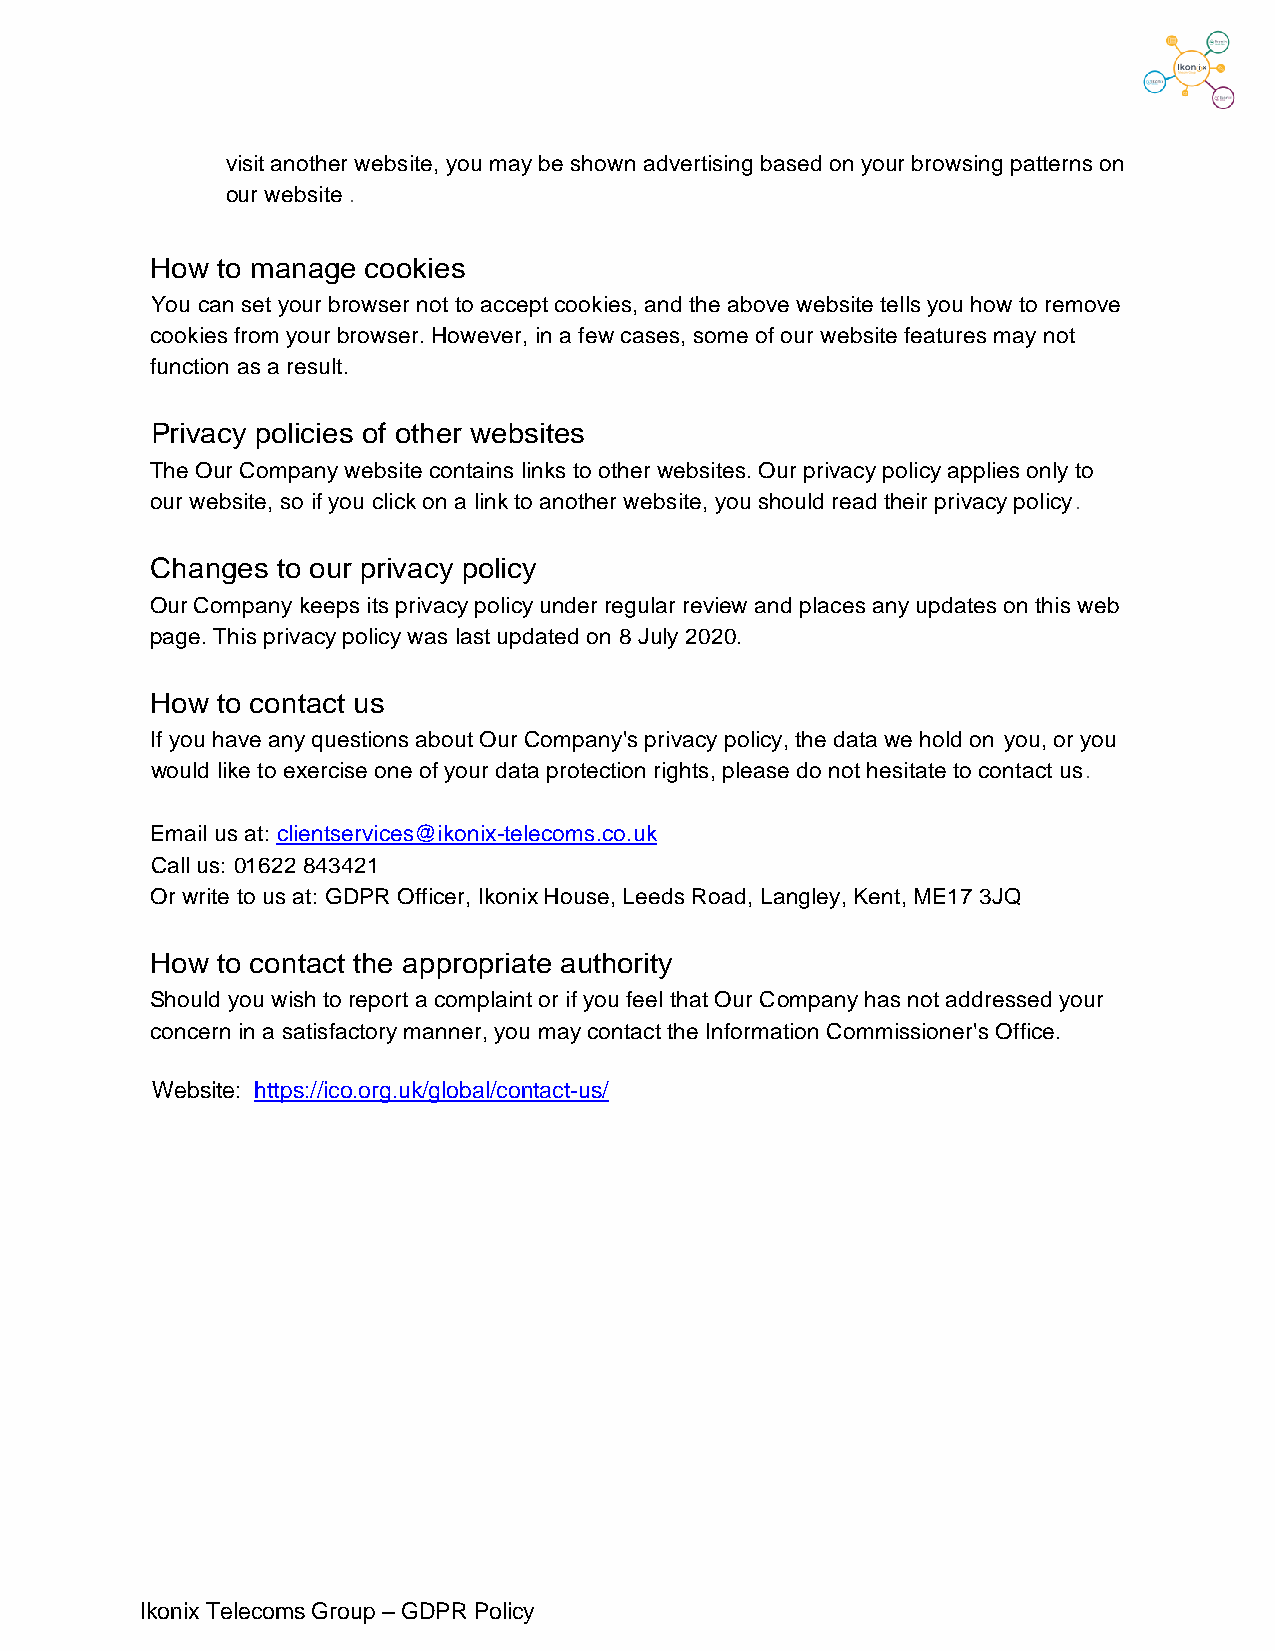
visit another website, you may be shown advertising based on your browsing patterns on
 our website .
 How to manage cookies
 You can set your browser not to accept cookies, and the above website tells you how to remove
 cookies from your browser. However, in a few cases, some of our website features may not
 function as a result.
 Privacy policies of other websites
 The Our Company website contains links to other websites. Our privacy policy applies only to
 our website, so if you click on a link to another website, you should read their privacy policy.
 Changes to our privacy policy
 Our Company keeps its privacy policy under regular review and places any updates on this web
 page. This privacy policy was last updated on 8 July 2020.
 How to contact us
 If you have any questions about Our Company's privacy policy, the data we hold on you, or you
 would like to exercise one of your data protection rights, please do not hesitate to contact us.
 Email us at: clientservices@ikonix-telecoms.co.uk
 Call us: 01622 843421
 Or write to us at: GDPR Officer, Ikonix House, Leeds Road, Langley, Kent, ME17 3JQ
 How to contact the appropriate authority
 Should you wish to report a complaint or if you feel that Our Company has not addressed your
 concern in a satisfactory manner, you may contact the Information Commissioner's Office.
 Website: https://ico.org.uk/global/contact-us/
 Ikonix Telecoms Group – GDPR Policy